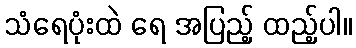
သံရေပုံးထဲ ရေ အပြည့် ထည့်ပါ။